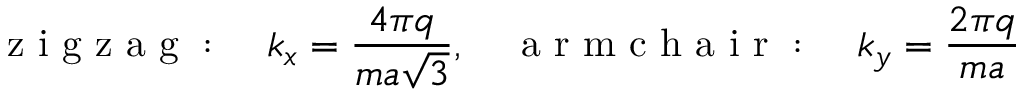
\mathrm { ~ z ~ i ~ g ~ z ~ a ~ g ~ : ~ } \quad k _ { x } = \frac { 4 \pi q } { m a \sqrt { 3 } } , \quad \mathrm { ~ a ~ r ~ m ~ c ~ h ~ a ~ i ~ r ~ : ~ } \quad k _ { y } = \frac { 2 \pi q } { m a }